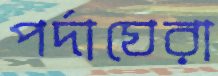
পর্দাঘেরা